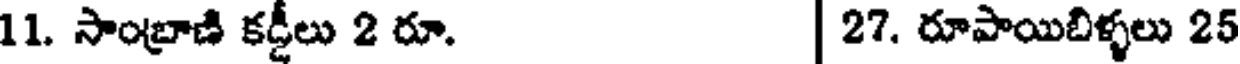
11. సాంబ్రాణి కడ్డీలు 2 రూ. | 27. రూపాయిబిళ్ళలు 25